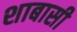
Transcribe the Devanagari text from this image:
शाबासी